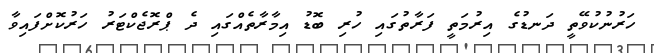
ހަރުނުކުވޭތީ ދަނޑުގެ އިރުމަތީ ފަރާތުގައި ހުރި ބޮޑު އިމާރާތެއްގައި ދެ ޕްރޮޖެކްޓަރު ހަރުކޮށްފައިވާ